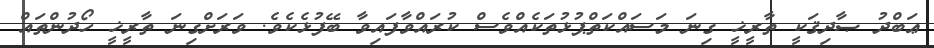
ޢަބްދު ޞާދިޤަކީ ތާރީޚީ ގިނަ މަސައްކަތްޕުޅުތަކެއްވެސް ކުރައްވާފައިވާ ބޭފުޅެކެވެ. ވަރަށްގިނަ ތާރީޚީ ހޯދުންތައް